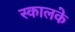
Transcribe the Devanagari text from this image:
स्कालके